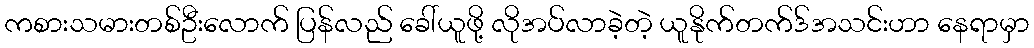
ကစားသမားတစ်ဦးလောက် ပြန်လည် ခေါ်ယူဖို့ လိုအပ်လာခဲ့တဲ့ ယူနိုက်တက်ဒ်အသင်းဟာ နေရာမှာ